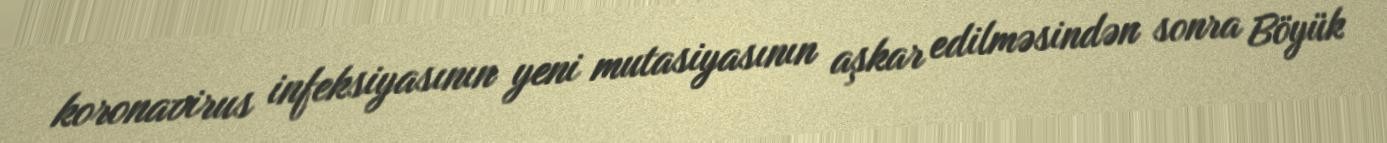
koronavirus infeksiyasının yeni mutasiyasının aşkar edilməsindən sonra Böyük